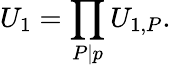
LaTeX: U_{1}=\prod_{P|p}U_{1,P}.